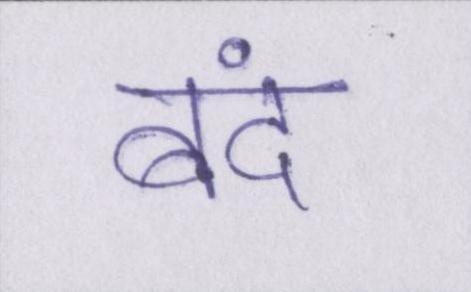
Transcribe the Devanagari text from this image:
बंद